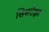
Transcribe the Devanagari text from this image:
सिमरोझा